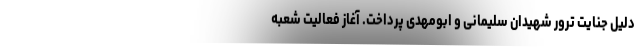
دلیل جنایت ترور شهیدان سلیمانی و ابومهدی پرداخت. آغاز فعالیت شعبه